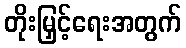
တိုးမြှင့်ရေးအတွက်